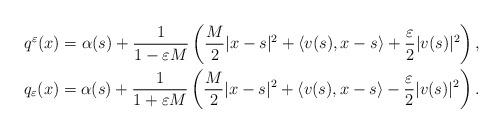
LaTeX: \begin{align*}& q^{\varepsilon}(x)=\alpha(s)+\frac{1}{1-\varepsilon M}\left( \frac{M}{2} |x-s|^{2}+\langle v(s),x-s\rangle+\frac{\varepsilon}{2}|v(s)|^{2}\right),\\& q_{\varepsilon}(x)= \alpha(s)+\frac{1}{1+\varepsilon M}\left( \frac{M}{2}|x-s|^{2}+\langle v(s),x-s\rangle-\frac{\varepsilon}{2}|v(s)|^{2}\right).\end{align*}